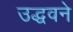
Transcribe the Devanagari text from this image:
उद्धवने